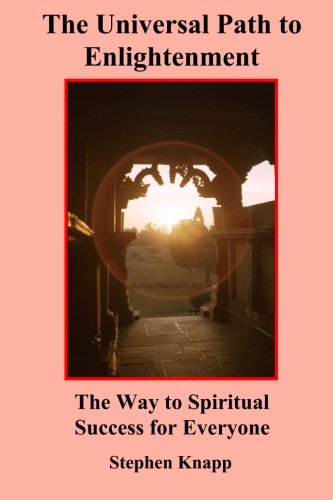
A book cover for The Universal Path to Enlightenment: The Way to Spiritual Success for Everyone; Stephen Knapp; Religion & Spirituality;